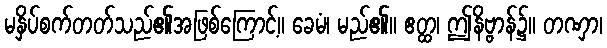
မနှိပ်စက်တတ်သည်၏အဖြစ်ကြောင့်။ ခေမံ၊ မည်၏။ ဧတ္ထ၊ ဤနိဗ္ဗာန်၌။ တဏှာ၊